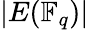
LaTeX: |E(\mathbb{F}_{q})|